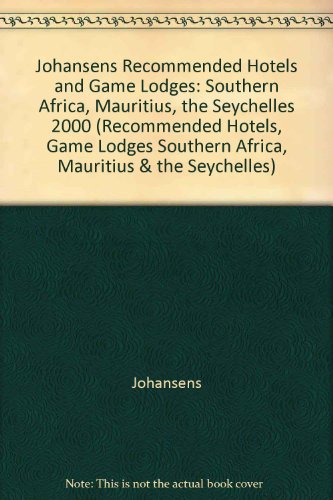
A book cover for Johansens Recommended Hotels and Game Lodges: Southern Africa, Mauritius, the Seychelles 2000 (Recommended Hotels, Game Lodges Southern Africa, Mauritius & the Seychelles); Johansens; Travel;